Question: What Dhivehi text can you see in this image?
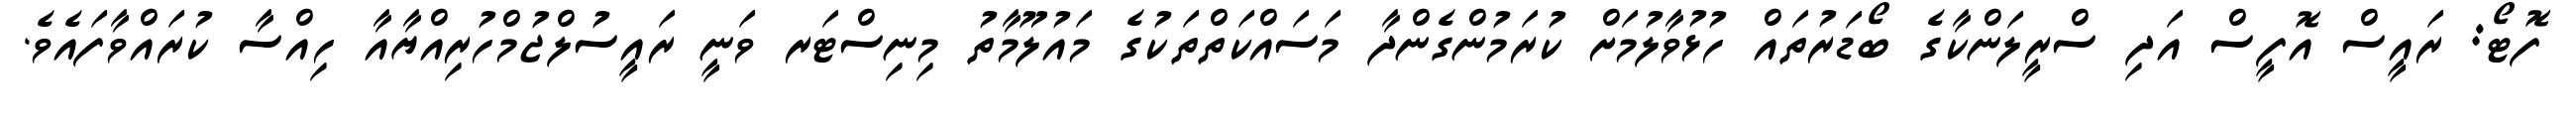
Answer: ފޮޓޯ: ރައީސް އޮފީސް އަދި ސްރީލަންކާގެ ބޯޑަރުތައް ހުޅުވާލުމަށް ކުރަމުންގެންދާ މަސައްކަތްތަކުގެ މައުލޫމާތު މިނިސްޓަރ ވަނީ ރައީސުލްޖުމްހުރިއްޔާއާ ހިއްސާ ކުރައްވާފައެވެ.